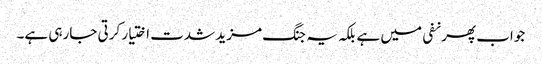
جواب پھر نفی میں ہے بلکہ یہ جنگ مزید شدت اختیار کرتی جارہی ہے۔